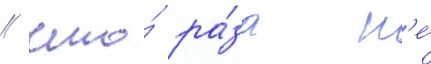
/ что́ ра́за н'е́